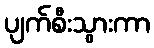
ပျက်စီးသွားကာ